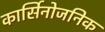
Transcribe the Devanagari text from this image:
कार्सिनोजनिक